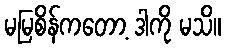
မမြစိန်ကတော့ ဒါကို မသိ။